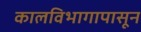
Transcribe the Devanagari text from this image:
कालविभागापासून